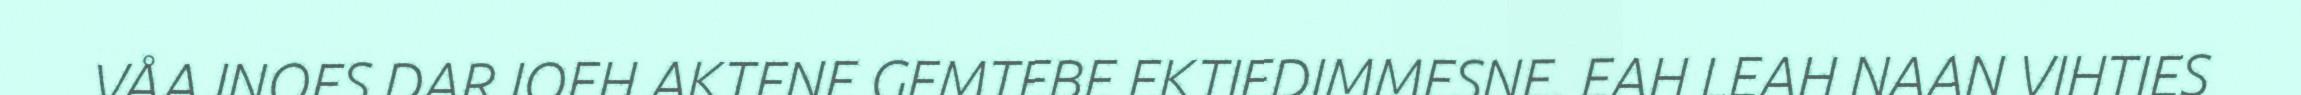
VÅAJNOES DARJOEH AKTENE GEMTEBE EKTIEDIMMESNE. EAH LEAH NAAN VIHTIES